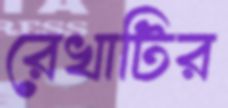
রেখাটির